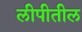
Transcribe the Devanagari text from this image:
लीपीतील